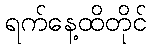
ရက်နေ့ထိတိုင်